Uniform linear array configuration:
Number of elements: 24
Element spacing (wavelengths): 0.75
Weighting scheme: binomial
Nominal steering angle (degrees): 30
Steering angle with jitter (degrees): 31.305
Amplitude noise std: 0.05
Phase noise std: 0.05

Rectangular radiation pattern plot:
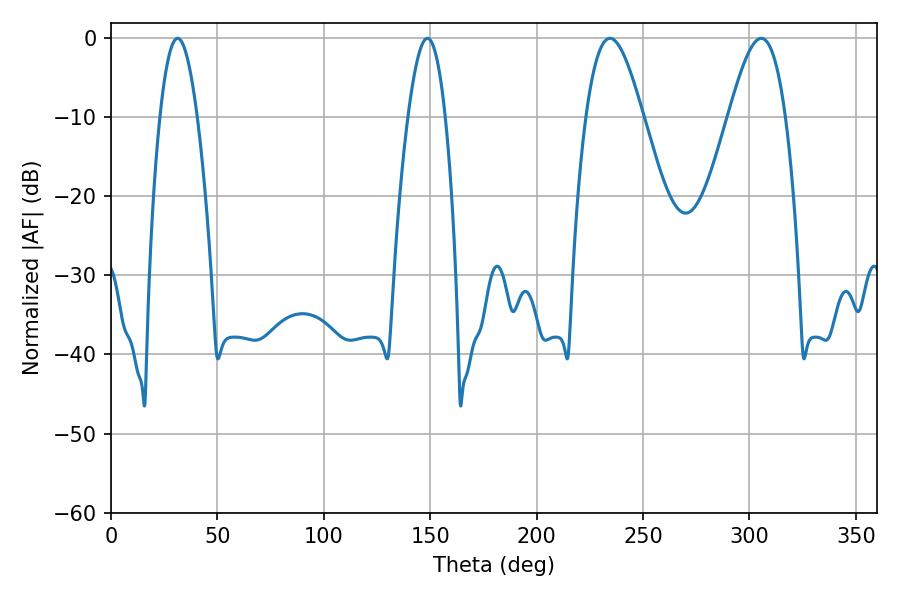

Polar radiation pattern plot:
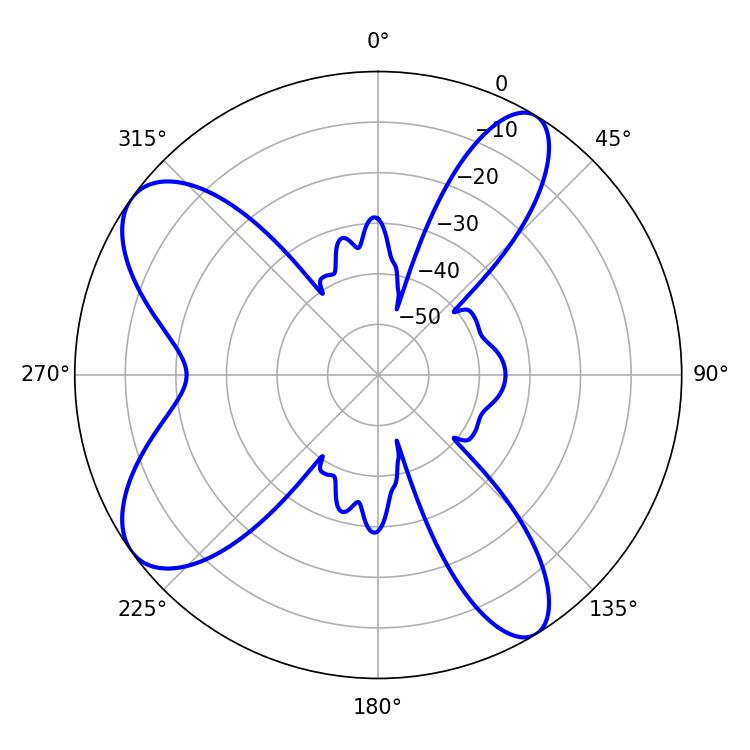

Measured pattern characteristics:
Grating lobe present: TRUE
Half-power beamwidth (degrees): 9.54
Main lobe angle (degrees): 31.32